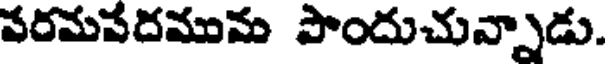
పరమపదమును పొందుచున్నాడు.